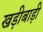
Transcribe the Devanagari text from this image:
खड़ीबाड़ी